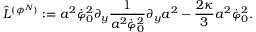
\hat { L } ^ { ( \phi ^ { N } ) } : = a ^ { 2 } \dot { \varphi } _ { 0 } ^ { 2 } \partial _ { y } { \frac { 1 } { a ^ { 2 } \dot { \varphi } _ { 0 } ^ { 2 } } } \partial _ { y } a ^ { 2 } - { \frac { 2 \kappa } { 3 } } a ^ { 2 } \dot { \varphi } _ { 0 } ^ { 2 } .